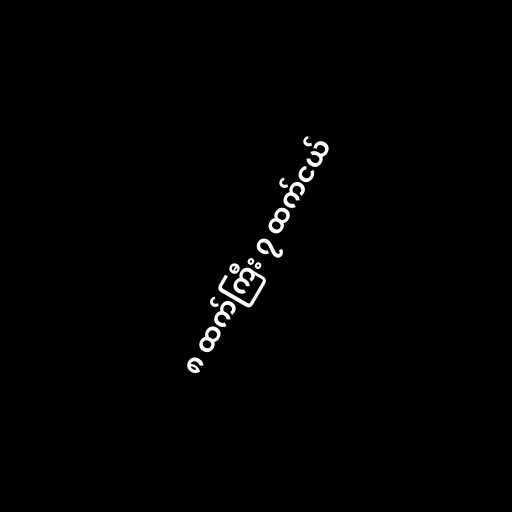
၈ ထက်ကြီး ၇ ထက်ငယ်